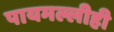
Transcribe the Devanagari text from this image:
पायमल्लीही